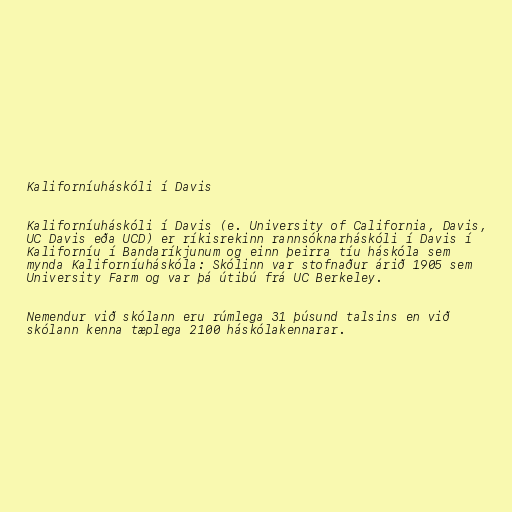
Kaliforníuháskóli í Davis

Kaliforníuháskóli í Davis (e. University of California, Davis,
UC Davis eða UCD) er ríkisrekinn rannsóknarháskóli í Davis í
Kaliforníu í Bandaríkjunum og einn þeirra tíu háskóla sem
mynda Kaliforníuháskóla: Skólinn var stofnaður árið 1905 sem
University Farm og var þá útibú frá UC Berkeley.

Nemendur við skólann eru rúmlega 31 þúsund talsins en við
skólann kenna tæplega 2100 háskólakennarar.